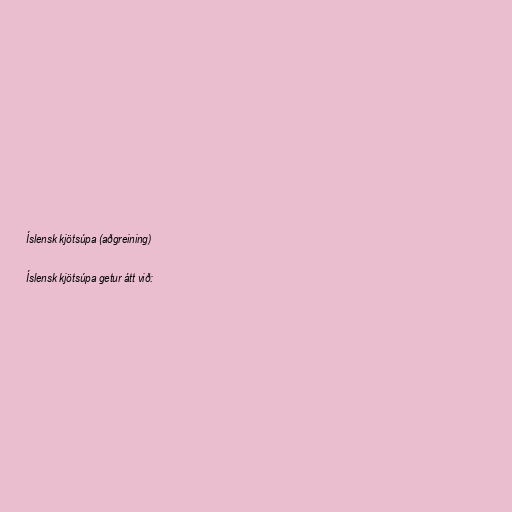
Íslensk kjötsúpa (aðgreining)

Íslensk kjötsúpa getur átt við: